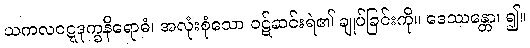
သကလဝဋ္ဋဒုက္ခနိရောဓံ၊ အလုံးစုံသော ဝဋ်ဆင်းရဲ၏ ချုပ်ခြင်းကို။ ဒေဿန္တော၊ ၍။